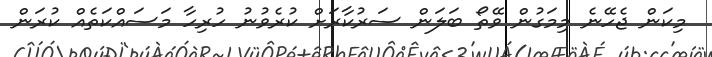
މިކަން ޖެހޭނެ މިމަގުން ވޭތޯ ބަލަން ސަރުކާރަށް ކުރެވުނު ހުރިހާ މަސައްކަތެއް ކުރަން